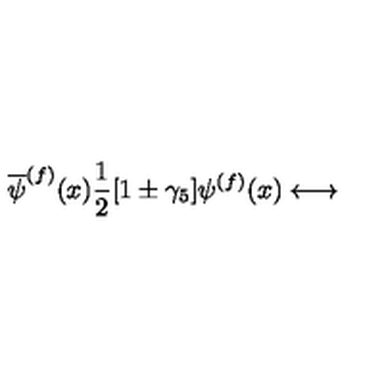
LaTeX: \overline { { \psi } } ^ { ( f ) } ( x ) \frac { 1 } { 2 } [ 1 \pm \gamma _ { 5 } ] \psi ^ { ( f ) } ( x ) \longleftrightarrow